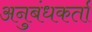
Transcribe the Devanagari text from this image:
अनुबंधकर्ता